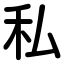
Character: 私